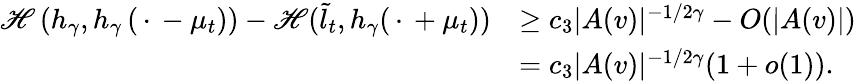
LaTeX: \begin{array}{rl}{{\mathscr{H}}\left(h_{\gamma},h_{\gamma}\left(\, \cdot\, -\mu_{t}\right)\right)-{\mathscr{H}}(\tilde{l}_{t},h_{\gamma}(\, \cdot\, +\mu_{t}))}&{\geq c_{3}|A(v)|^{-1/2\gamma}-O(|A(v)|)}\\ &{=c_{3}|A(v)|^{-1/2\gamma}(1+o(1)).}\end{array}